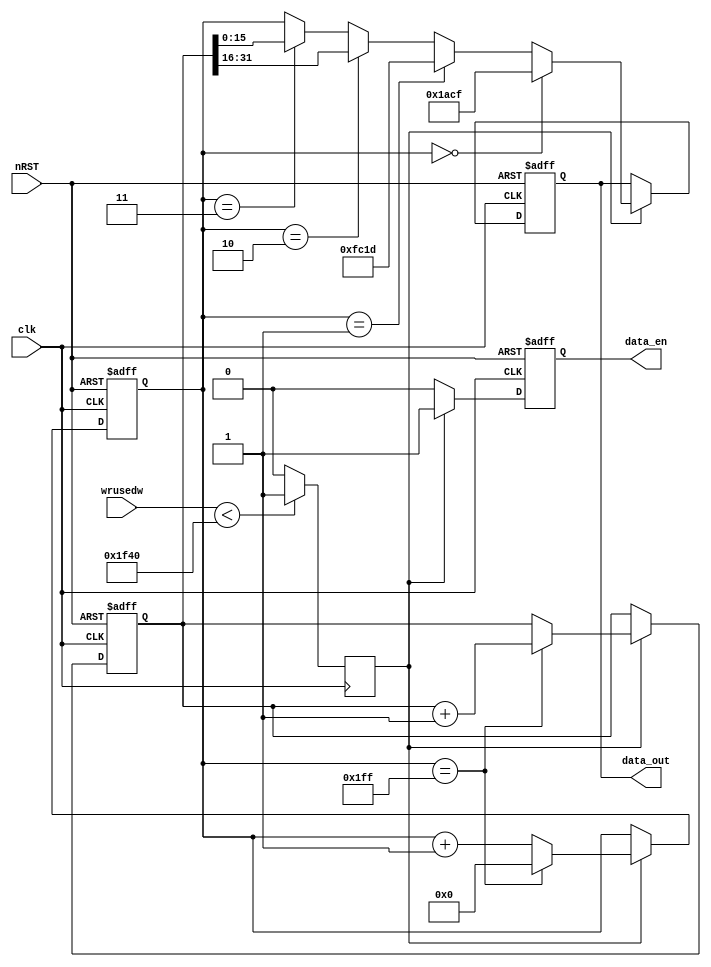
module data_source_16bit(
	input clk,
	input nRST,
	input [13:0] wrusedw,
	output reg [15:0] data_out,
	output reg data_en
	);

reg [15:0] data_reg;
reg [31:0] count;
reg fifo_ready;

always @(posedge clk)
begin
	if(wrusedw<14'd8000)
		fifo_ready <= 1'b1;
	else
		fifo_ready <= 1'b0;
end

always @(posedge clk or negedge nRST)
begin
	if(!nRST)
		begin
			data_reg <= 16'd0;
			count <= 32'd0;
		end
	else if(fifo_ready)
		begin
			if(data_reg == 16'd511)
				data_reg <= 16'd0;
			else	
				data_reg <= data_reg + 1'b1;
			if(data_reg == 16'd511)
				count <= count + 1'b1;
		end
end

always @(posedge clk or negedge nRST)
begin
	if(!nRST)
		begin
			data_out <= 16'd0;
			data_en  <= 1'b0;
		end
	else if(fifo_ready)
		begin
			if(data_reg == 16'd0)
				data_out <= 16'h1acf;
			else if(data_reg == 16'd1)
				data_out <= 16'hfc1d;	
			else if(data_reg == 16'd2)
				data_out <= count[31:16];
			else if(data_reg == 16'd3)
				data_out <= count[15:0];
			else
				data_out <= data_reg[15:0];
			data_en  <= 1'b1;
		end
	else
			data_en  <= 1'b0;
end

endmodule